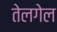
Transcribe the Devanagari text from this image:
तेलगेल